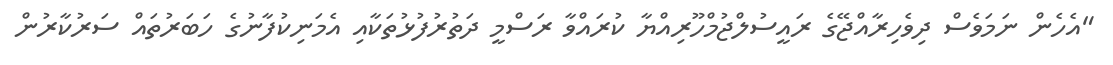
"އެހެން ނަމަވެސް ދިވެހިރާއްޖޭގެ ރައީސުލްޖުމްހޫރިއްޔާ ކުރައްވާ ރަސްމީ ދަތުރުފުޅުތަކާއި އެމަނިކުފާނުގެ ހަބަރުތައް ސަރުކާރުން